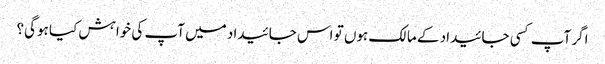
اگر آپ کسی جائیداد کے مالک ہوں تو اس جائیداد میں آپ کی خواہش کیا ہوگی؟